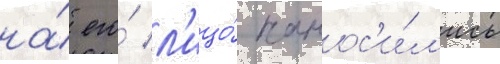
на́ его́ л'ицо́ нанос'и́л'ись